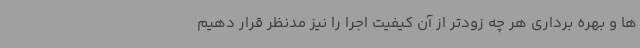
ها و بهره برداری هر چه زودتر از آن کیفیت اجرا را نیز مدنظر قرار دهیم